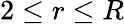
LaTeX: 2\leq r\leq R